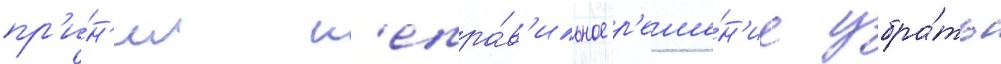
пр'и́н'ял н'епра́в'ильное р'еше́н'ие убра́ть